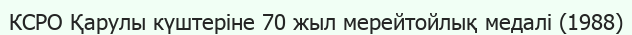
КСРО Қарулы күштеріне 70 жыл мерейтойлық медалі (1988)